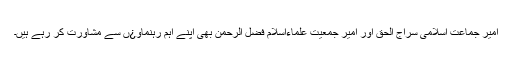
امیر جماعت اسلامی سراج الحق اور امیر جمعیت علماءاسلام فضل الرحمن بھی اپنے اہم رہنماو¿ں سے مشاورت کر رہے ہیں۔